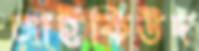
আইকিউদ